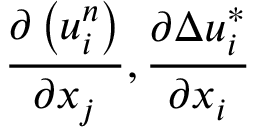
\frac { \partial \left( u _ { i } ^ { n } \right) } { \partial { { x } _ { j } } } , \frac { \partial \Delta u _ { i } ^ { * } } { \partial { { x } _ { i } } }